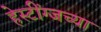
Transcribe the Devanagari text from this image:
हेस्टींग्जच्या